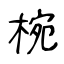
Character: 椀